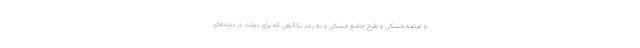
و عرضه مسکن و طرح جامع مسکن و به رغم تکالیفی که برای دولت در دوره‌های